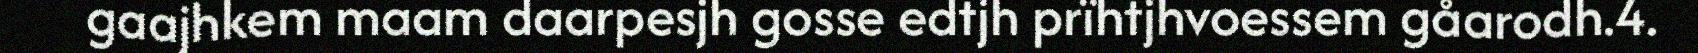
gaajhkem maam daarpesjh gosse edtjh prïhtjhvoessem gåarodh.4.